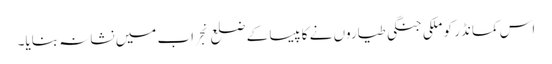
اس کمانڈر کو ملکی جنگی طیاروں نے کاپیسا کے ضلع نِجراب میں نشانہ بنایا۔